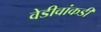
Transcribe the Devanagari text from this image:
वेडीवांकडी